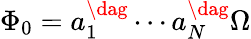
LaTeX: \Phi_{0}=a_{1}^{\dag}\cdots a_{N}^{\dag}\Omega